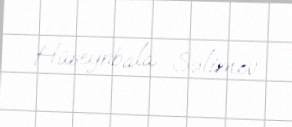
Hüseynbala Səlimov.